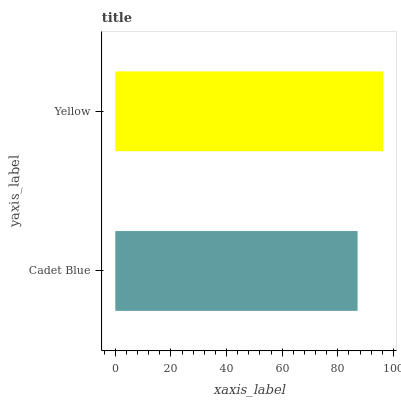
| yaxis_label | bars |
 | --- | --- |
 | Cadet Blue | 87.1 |
 | Yellow | 96.3 |